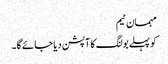
مہمان ٹیم
کو پہلے بولنگ کا آپشن دیا جائے گا۔